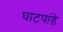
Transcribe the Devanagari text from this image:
घाटपांडे